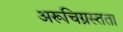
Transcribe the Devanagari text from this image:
अरूचिग्रस्तता